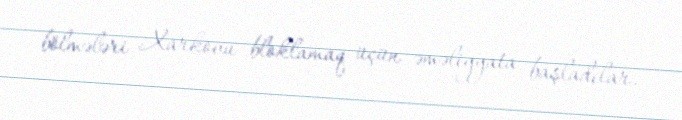
bölmələri Xarkovu bloklamaq üçün əməliyyata başladılar.